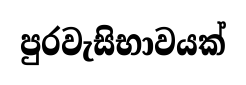
පුරවැසිභාවයක්